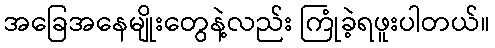
အခြေအနေမျိုးတွေနဲ့လည်း ကြုံခဲ့ရဖူးပါတယ်။